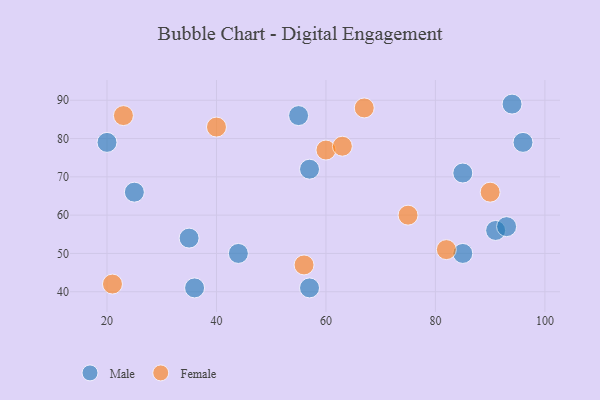
{"axis": {"x": "GDP", "y": "Life Expectancy"}, "legend": ["Female", "Male"], "data": [{"x": "20", "y": 79, "type": "Male"}, {"x": "55", "y": 86, "type": "Male"}, {"x": "35", "y": 54, "type": "Male"}, {"x": "57", "y": 72, "type": "Male"}, {"x": "57", "y": 41, "type": "Male"}, {"x": "91", "y": 56, "type": "Male"}, {"x": "25", "y": 66, "type": "Male"}, {"x": "36", "y": 41, "type": "Male"}, {"x": "85", "y": 71, "type": "Male"}, {"x": "94", "y": 89, "type": "Male"}, {"x": "44", "y": 50, "type": "Male"}, {"x": "93", "y": 57, "type": "Male"}, {"x": "96", "y": 79, "type": "Male"}, {"x": "85", "y": 50, "type": "Male"}, {"x": "90", "y": 66, "type": "Female"}, {"x": "60", "y": 77, "type": "Female"}, {"x": "67", "y": 88, "type": "Female"}, {"x": "56", "y": 47, "type": "Female"}, {"x": "23", "y": 86, "type": "Female"}, {"x": "40", "y": 83, "type": "Female"}, {"x": "75", "y": 60, "type": "Female"}, {"x": "21", "y": 42, "type": "Female"}, {"x": "63", "y": 78, "type": "Female"}, {"x": "82", "y": 51, "type": "Female"}]}